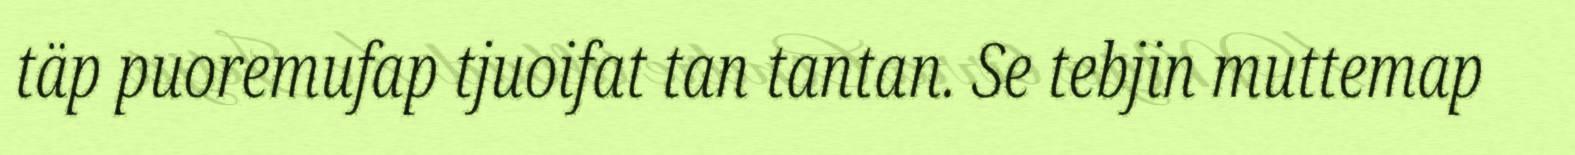
täp puoremufap tjuoifat tan tantan. Se tebjin muttemap